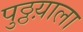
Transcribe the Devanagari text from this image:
पुठ्ठय़ाला